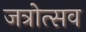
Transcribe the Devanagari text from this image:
जत्रोत्सव